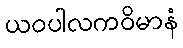
ယဝပါလကဝိမာနံ